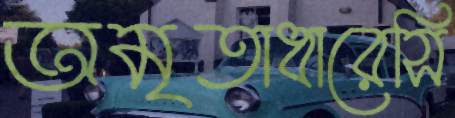
অমৃতাধারেসি